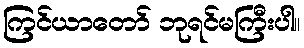
ကြင်ယာတော် ဘုရင်မကြီးပါ။